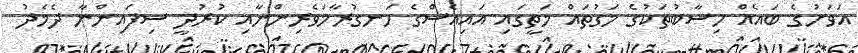
އަވަށުގެ ބައެއް ހިސާބުތަކުގެ މަގުތައް މަތީގައި އައިއެސްގެ ހަނގުރާމަވެރިންނާއި ކުރުދީ ސިފައިންނާ ދެމެދު